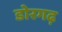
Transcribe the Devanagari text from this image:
डोरगढ़